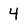
Character: 4